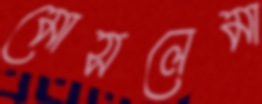
মোসলেমা